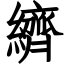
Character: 纃